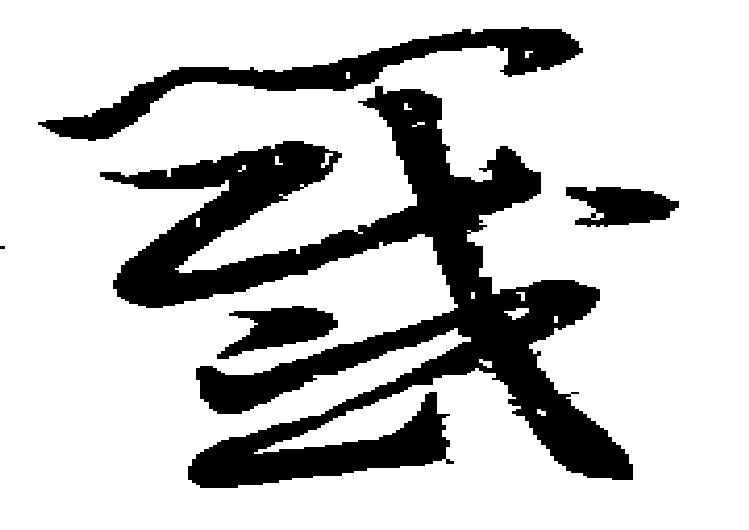
籤